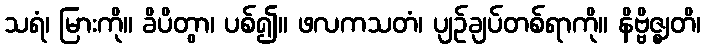
သရံ၊ မြားကို။ ခိပိတွာ၊ ပစ်၍။ ဖလကသတံ၊ ပျဉ်ချပ်တစ်ရာကို။ နိဗ္ဗိဇ္ဈတိ၊